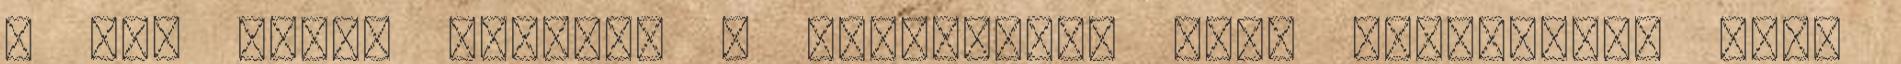
- úgy érzem jogosan - részesülők havi jövedelme. Sőt,